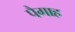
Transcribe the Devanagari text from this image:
पैगाह